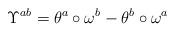
LaTeX: \begin{align*} \Upsilon^{ab}=\theta^a\circ\omega^b-\theta^b\circ\omega^a\end{align*}